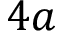
4 a